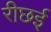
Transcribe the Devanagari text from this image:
रीछई